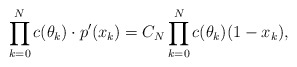
\begin{align*}\prod \limits_{k=0}^N c(\theta_k) \cdot p'(x_k) = C_N \prod \limits_{k=0}^N c(\theta_k)(1-x_k),\end{align*}